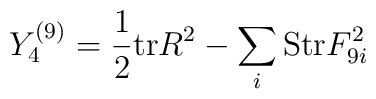
Y_4^{(9)} = {1\over 2} {\rm tr} R^2 -\sum_i {\rm Str} F_{9i}^2